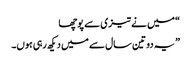
“ میں نے تیزی سے پوچھا
” یہ دو تین سال سے میں دیکھ رہی ہوں۔